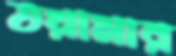
তয়ামার